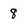
Character: 8